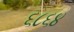
૬૮૬૪